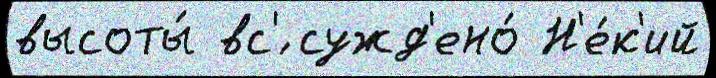
высоты́ вс'́ сужд'ено́ Н'е́к'ий